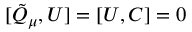
[ \tilde { \cal Q } _ { \mu } , { \cal U } ] = [ { \cal U } , { \cal C } ] = 0